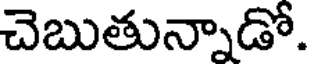
చెబుతున్నాడో.